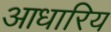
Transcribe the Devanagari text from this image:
आधारिय